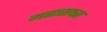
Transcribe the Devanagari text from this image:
महाराष्त्रा